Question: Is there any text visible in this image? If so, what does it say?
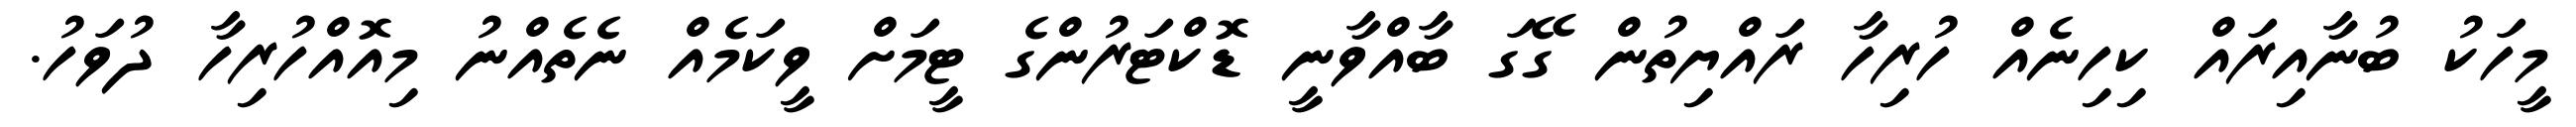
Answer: މީހަކު ބުނާއިރައް ކިހިނެއް ހުރިހާ ރައްޔިތުން ގޭގަ ބާއްވާނީ ޑޮކްޓަރުންގެ ޓީމަށް ވީކަމެއް ނެތެއްނު މިއޮއްހުރިހާ ދުވަހު.